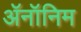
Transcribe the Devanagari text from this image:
ॲनॉनिम